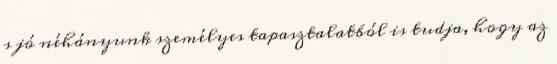
s jó néhányunk személyes tapasztalatból is tudja, hogy az